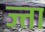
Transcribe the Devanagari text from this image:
ज्ता